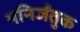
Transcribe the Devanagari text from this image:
मनिर्जंतुक